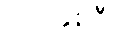
သားနှစ်ဦး